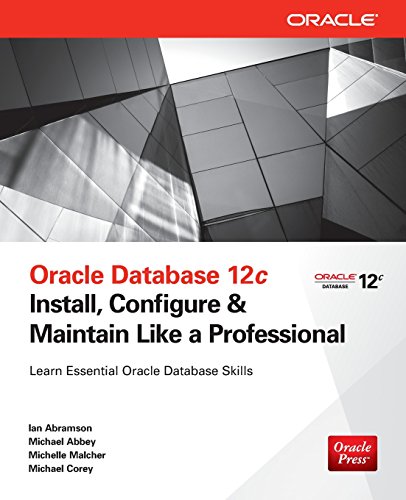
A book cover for Oracle Database 12c Install, Configure & Maintain Like a Professional (Oracle Press); Ian Abramson; Computers & Technology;